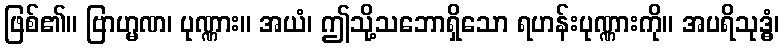
ဖြစ်၏။ ဗြာဟ္မဏ၊ ပုဏ္ဏား။ အယံ၊ ဤသို့သဘောရှိသော ရဟန်းပုဏ္ဏားကို။ အပရိသုဒ္ဓံ၊